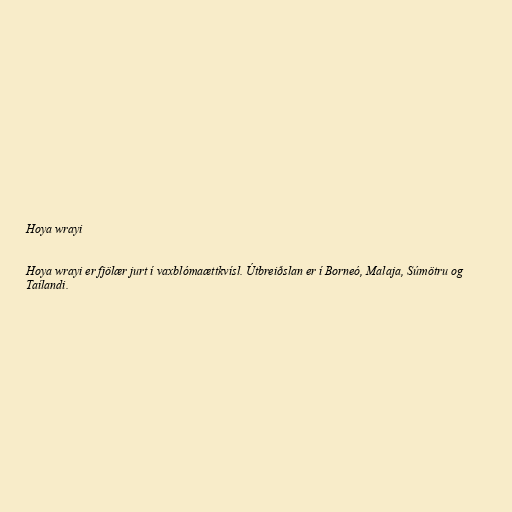
Hoya wrayi

Hoya wrayi er fjölær jurt í vaxblómaættkvísl. Útbreiðslan er í Borneó, Malaja, Súmötru og
Taílandi.